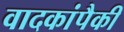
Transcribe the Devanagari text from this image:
वादकांपैकी